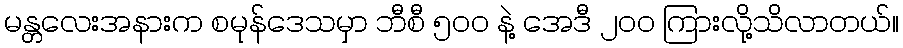
မန္တလေးအနားက စမုန်ဒေသမှာ ဘီစီ ၅ဝဝ နဲ့ အေဒီ ၂ဝဝ ကြားလို့သိလာတယ်။